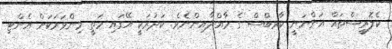
ކެލޮރީސްތައް އަންނަނީ ކާރބްސް ގެ މާއްދާއިންނެވެ. ކަދުރަކީ އޭގައި މަތީ މިންވަރަކަށް އެންޓި